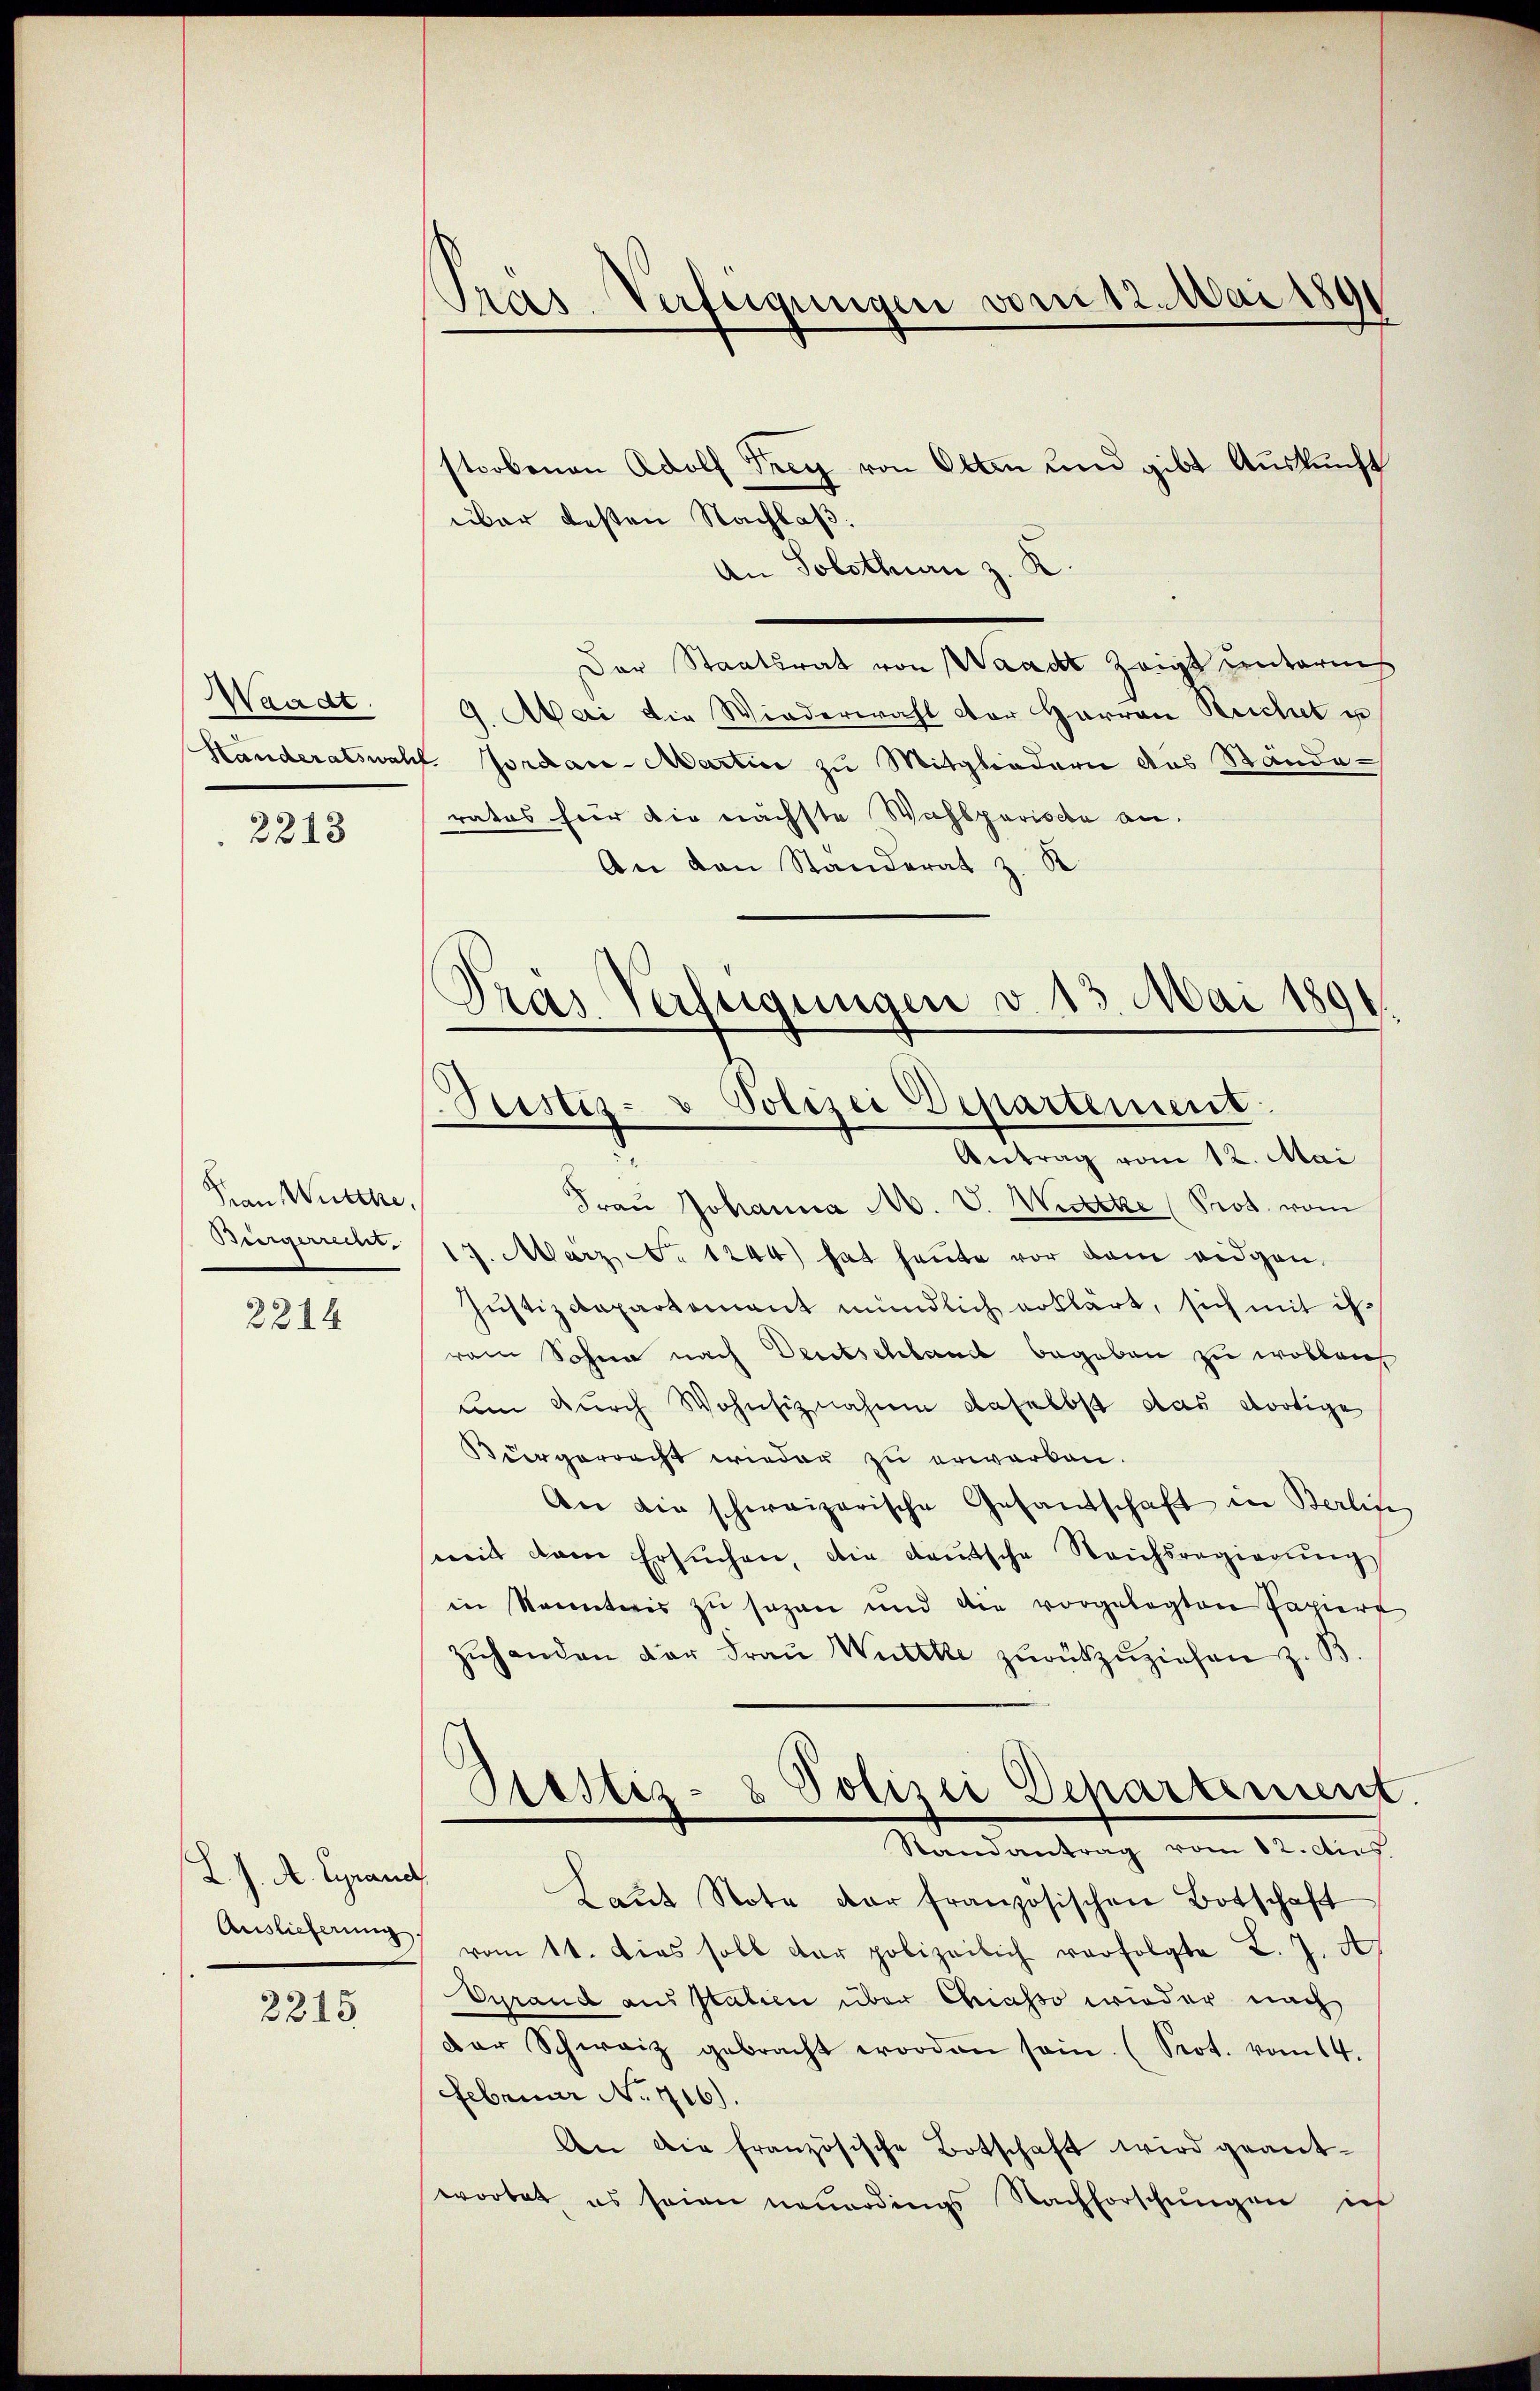
Waadt.
2213

Frau Wurthe,
Biergerrecher
2214

L. J. A. Gyrand

2215

storbenen Adolf Frey von Olten und gibt Auskunft
über besten Nachlaß.
An Solothurn z. K.
Der Staatsrat von Waadt zeigt unterich
9. Mai die Wiederwahl der Herren Reichet u
Handeratswahl Jordan-Martin zu Mitgliedern das Ständerates für die nächste Wahlgarische an.
An den Standerat z. R.
Tras Verfügungen v. 13. Mai 1891.

Präs. Verfügungen vom 12. Mai 1891

Sistiz- & Polizei Departement.
Antrag vom 12. Mai

Frau Johanna M. V. Wiecke (Prot. vom
17. März No 1244) hat heute vor dem eidgen.
Justizdepartement mündlich erklärt, sich mit ihrain Sohne nach Deutschland begeben zu wolleich
um durch Wohnsiznahmen daselbst das dortige
Bürgerrecht wieder zu erwerken.
An die schweizerische Gesandschaft in Berlin
mit dem Ersuchen, die deutsche Reichsregierŭng
in kannteris zu sagen und die vorgelegten Papiert
Zŭhanden der Fraŭ Witte zŭrückzuziehen z. B.
Zustiz- & Polizei Departement.
Randantrag vom 12. Aus
Laŭt Note der französischen Botschaft
Auslieferung vom 14. Dies soll der polizeilich verfolgte L. J. A.
Vyrand aus Italien über Chiasso wieder nach
der Schweiz gebracht worden sein. (Srot. vom 14.
Februar No 716).
An die französische Botschaft wird geantwortet es seien neuerdings Nachforschungen ins